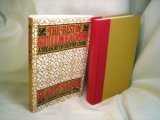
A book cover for The Best of Stillmeadow: A Treasury of Country Living; Gladys Bagg Taber; Biographies & Memoirs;